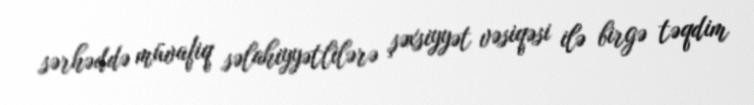
sərhəddə müvafiq səlahiyyətlilərə şəxsiyyət vəsiqəsi ilə birgə təqdim